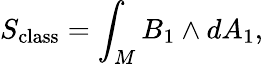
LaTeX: S_{\mathrm{class}}=\int_{M}B_{1}\wedge dA_{1},